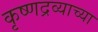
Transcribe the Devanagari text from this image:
कृष्णद्रव्याच्या